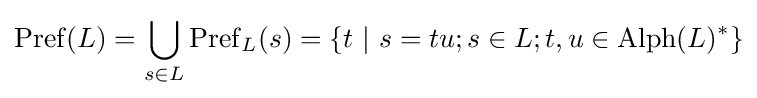
\operatorname {Pref} (L)=\bigcup _{s\in L}\operatorname {Pref} _{L}(s)=\left\{t\ \vert \ s=tu;s\in L;t,u\in \operatorname {Alph} (L)^{*}\right\}